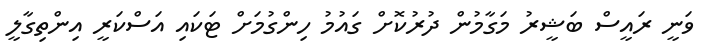
ވަނީ ރައީސް ބަޝީރު މަގާމުން ދުރުކޮށް ގައުމު ހިންގުމަށް ޓަކައި އަސްކަރީ އިންތިގާލީ